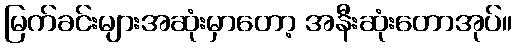
မြက်ခင်းများအဆုံးမှာတော့ အနီးဆုံးတောအုပ်။